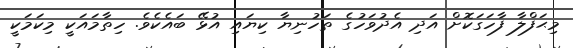
މިޙަފްލާ ފާހަގަކޮށް އަދި އެދުވަހުގެ ތަހުނިޔާ ކިޔައި އުޅޭ ބައެކެވެ. ހިތާމައަކީ މިކަމަކީ